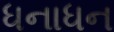
ધનાધન